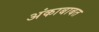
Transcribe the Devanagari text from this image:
अंकाबाबत